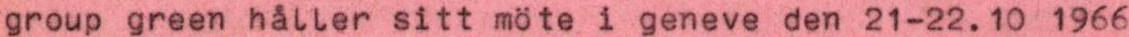
group green håller sitt möte i geneve den 21-22.10 1966